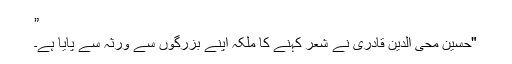
”
"حسین محی الدین قادری نے شعر کہنے کا ملکہ اپنے بزرگوں سے ورثہ سے پایا ہے۔